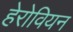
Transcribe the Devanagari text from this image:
हेरोवियन